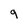
Character: q